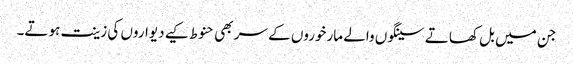
جن میں بل کھاتے سینگوں والے مارخوروں کے سر بھی حنوط کیے دیواروں کی زینت ہوتے۔